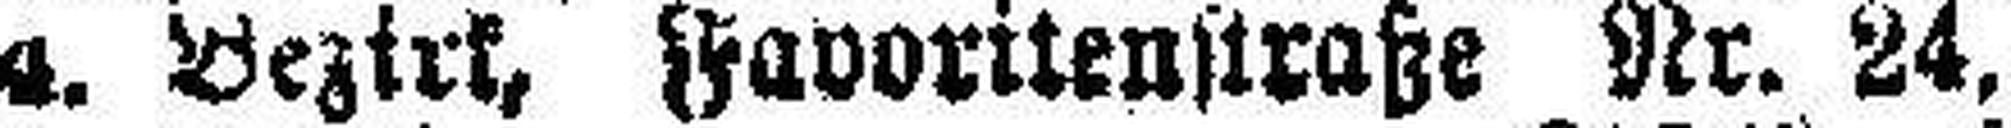
4. Bezirk, Favoritenstraße Nr. 24,